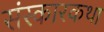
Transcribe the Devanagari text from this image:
संस्कारकथा